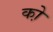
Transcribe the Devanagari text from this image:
को़